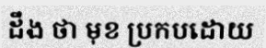
ដឹង ថា មុខ ប្រកបដោយ